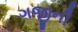
ગજીની